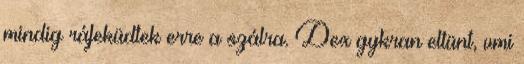
mindig ráfeküdtek erre a szálra. Dex gykran eltünt, vmi